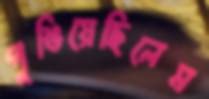
গুঙিয়েছিলেম